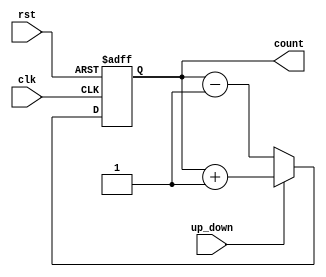
module Counter(
    input clk,
    input rst,
    input up_down,
    output reg [3:0] count
);

always @(posedge clk or posedge rst)
begin
    if(rst)
        count <= 4'b0000;
    else if(up_down)
        count <= count + 1;
    else
        count <= count - 1;
end

endmodule